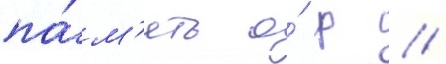
па́м'ять о́ р //